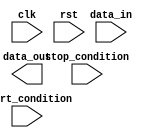
module I2C_Controller (
    input wire clk,
    input wire rst,
    input wire start_condition,
    input wire stop_condition,
    input wire[7:0] data_in,
    output reg[7:0] data_out
);

// Timing control logic to generate clock signals for I2C bus protocol
reg clk_divider;
reg sda_reg;
reg scl_reg;

always @(posedge clk or posedge rst) begin
    if (rst) begin
        clk_divider <= 0;
        sda_reg <= 1;
        scl_reg <= 1;
    end else begin
        if (clk_divider == 6'd0) begin
            sda_reg <= ~sda_reg;
            scl_reg <= ~scl_reg;
            clk_divider <= 6'd5;
        end else begin
            clk_divider <= clk_divider - 6'd1;
        end
    end
end

// Synchronization blocks to manage data transfer between devices on the I2C bus
always @(posedge clk or posedge rst) begin
    if (rst) begin
        // Reset synchronization state
        // Add synchronization logic here
    end else begin
        if (start_condition) begin
            // Start condition detected, initiate data transfer
            // Add synchronization logic here
        end else if (stop_condition) begin
            // Stop condition detected, end data transfer
            // Add synchronization logic here
        end else begin
            // Continue data transfer
            // Add synchronization logic here
        end
    end
end

// Error checking mechanisms for reliable communication on I2C bus
// Implement error checking mechanisms here

endmodule